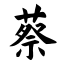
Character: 蔡